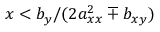
x < b _ { y } / ( 2 a _ { x x } ^ { 2 } \mp b _ { x y } )